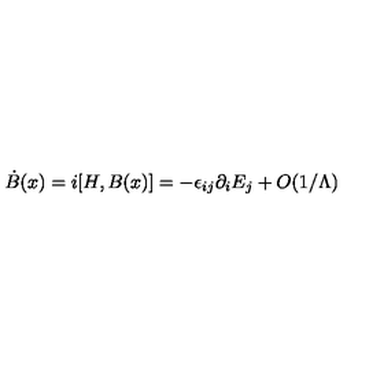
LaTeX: \dot { B } ( x ) = i [ H , B ( x ) ] = - \epsilon _ { i j } \partial _ { i } E _ { j } + O ( 1 / \Lambda )